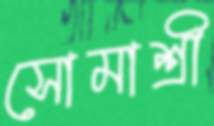
সোমাশ্রী